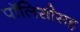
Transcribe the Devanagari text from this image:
पॉलिसीसह